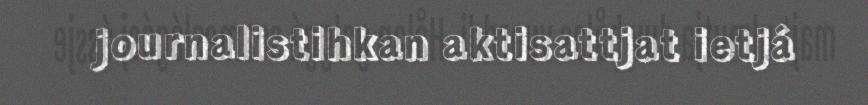
journalistihkan aktisattjat ietjá